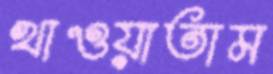
খাওয়াতাম